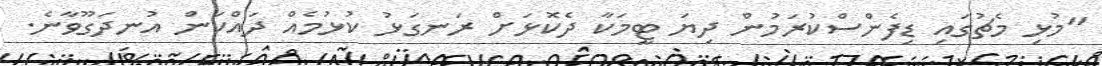
"މުޅި މެޗުގައި ޑިފެންސްކުރަމުން ދިޔަ ޓީމަކާ ދެކޮޅަށް ރަނގަޅު ކުޅުމެއް ދައްކަން އުނދަގޫވާނެ.